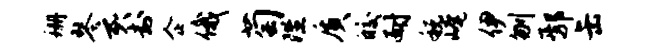
珊琴亥封企俄萄陛质皎耐税崦伊刎鄢缶